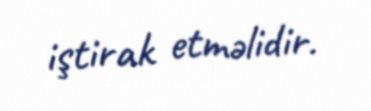
iştirak etməlidir.